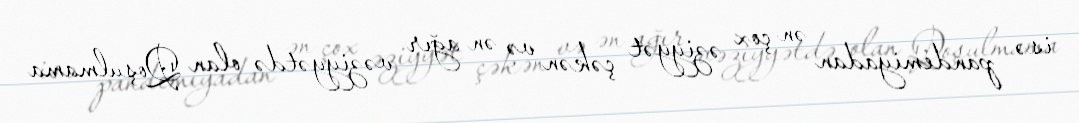
isə pandemiyadan ən çox əziyyət çəkən və ən ağır vəziyyətdə olan Qoşulmama